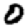
Digit: 0